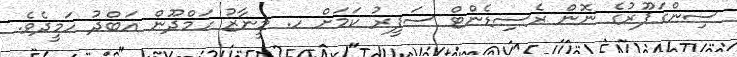
ސިންގަޕޫރުގެ ނޮން ރެސިޑެންޓް ސަފީރު ކަމަށް ހ. މީނާޒު ހަމްދޫން އަބްދު ހަމީދެވެ.